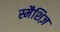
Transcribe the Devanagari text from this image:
स्मैशिज़